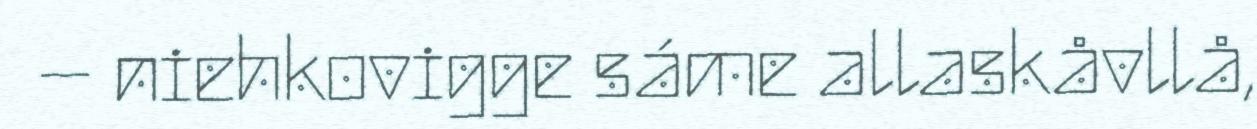
– niehkovigge sáme allaskåvllå,